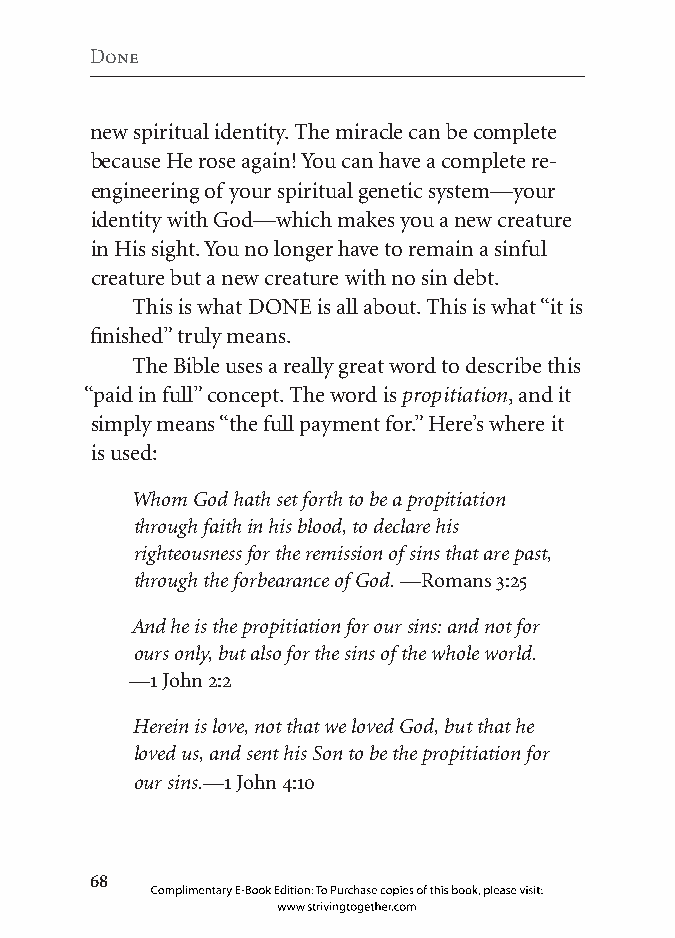
Done
 new spiritual identity. The miracle can be complete
 because He rose again! You can have a complete re-
 engineering of your spiritual genetic system—your
 identity with God—which makes you a new creature
 in His sight. You no longer have to remain a sinful
 creature but a new creature with no sin debt.
 This is what DONE is all about. This is what “it is
 finished” truly means.
 The Bible uses a really great word to describe this
 “paid in full” concept. The word is propitiation, and it
 simply means “the full payment for.” Here’s where it
 is used:
 Whom God hath set forth to be a propitiation
 through faith in his blood, to declare his
 righteousness for the remission of sins that are past,
 through the forbearance of God. —Romans 3:25
 And he is the propitiation for our sins: and not for
 ours only, but also for the sins of the whole world.
 —1 John 2:2
 Herein is love, not that we loved God, but that he
 loved us, and sent his Son to be the propitiation for
 our sins.—1 John 4:10
 
 Complimentary E-Book Edition: To Purchase copies of this book, please visit:
 www.strivingtogether.com